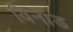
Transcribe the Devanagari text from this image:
विनाड